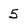
Character: 5